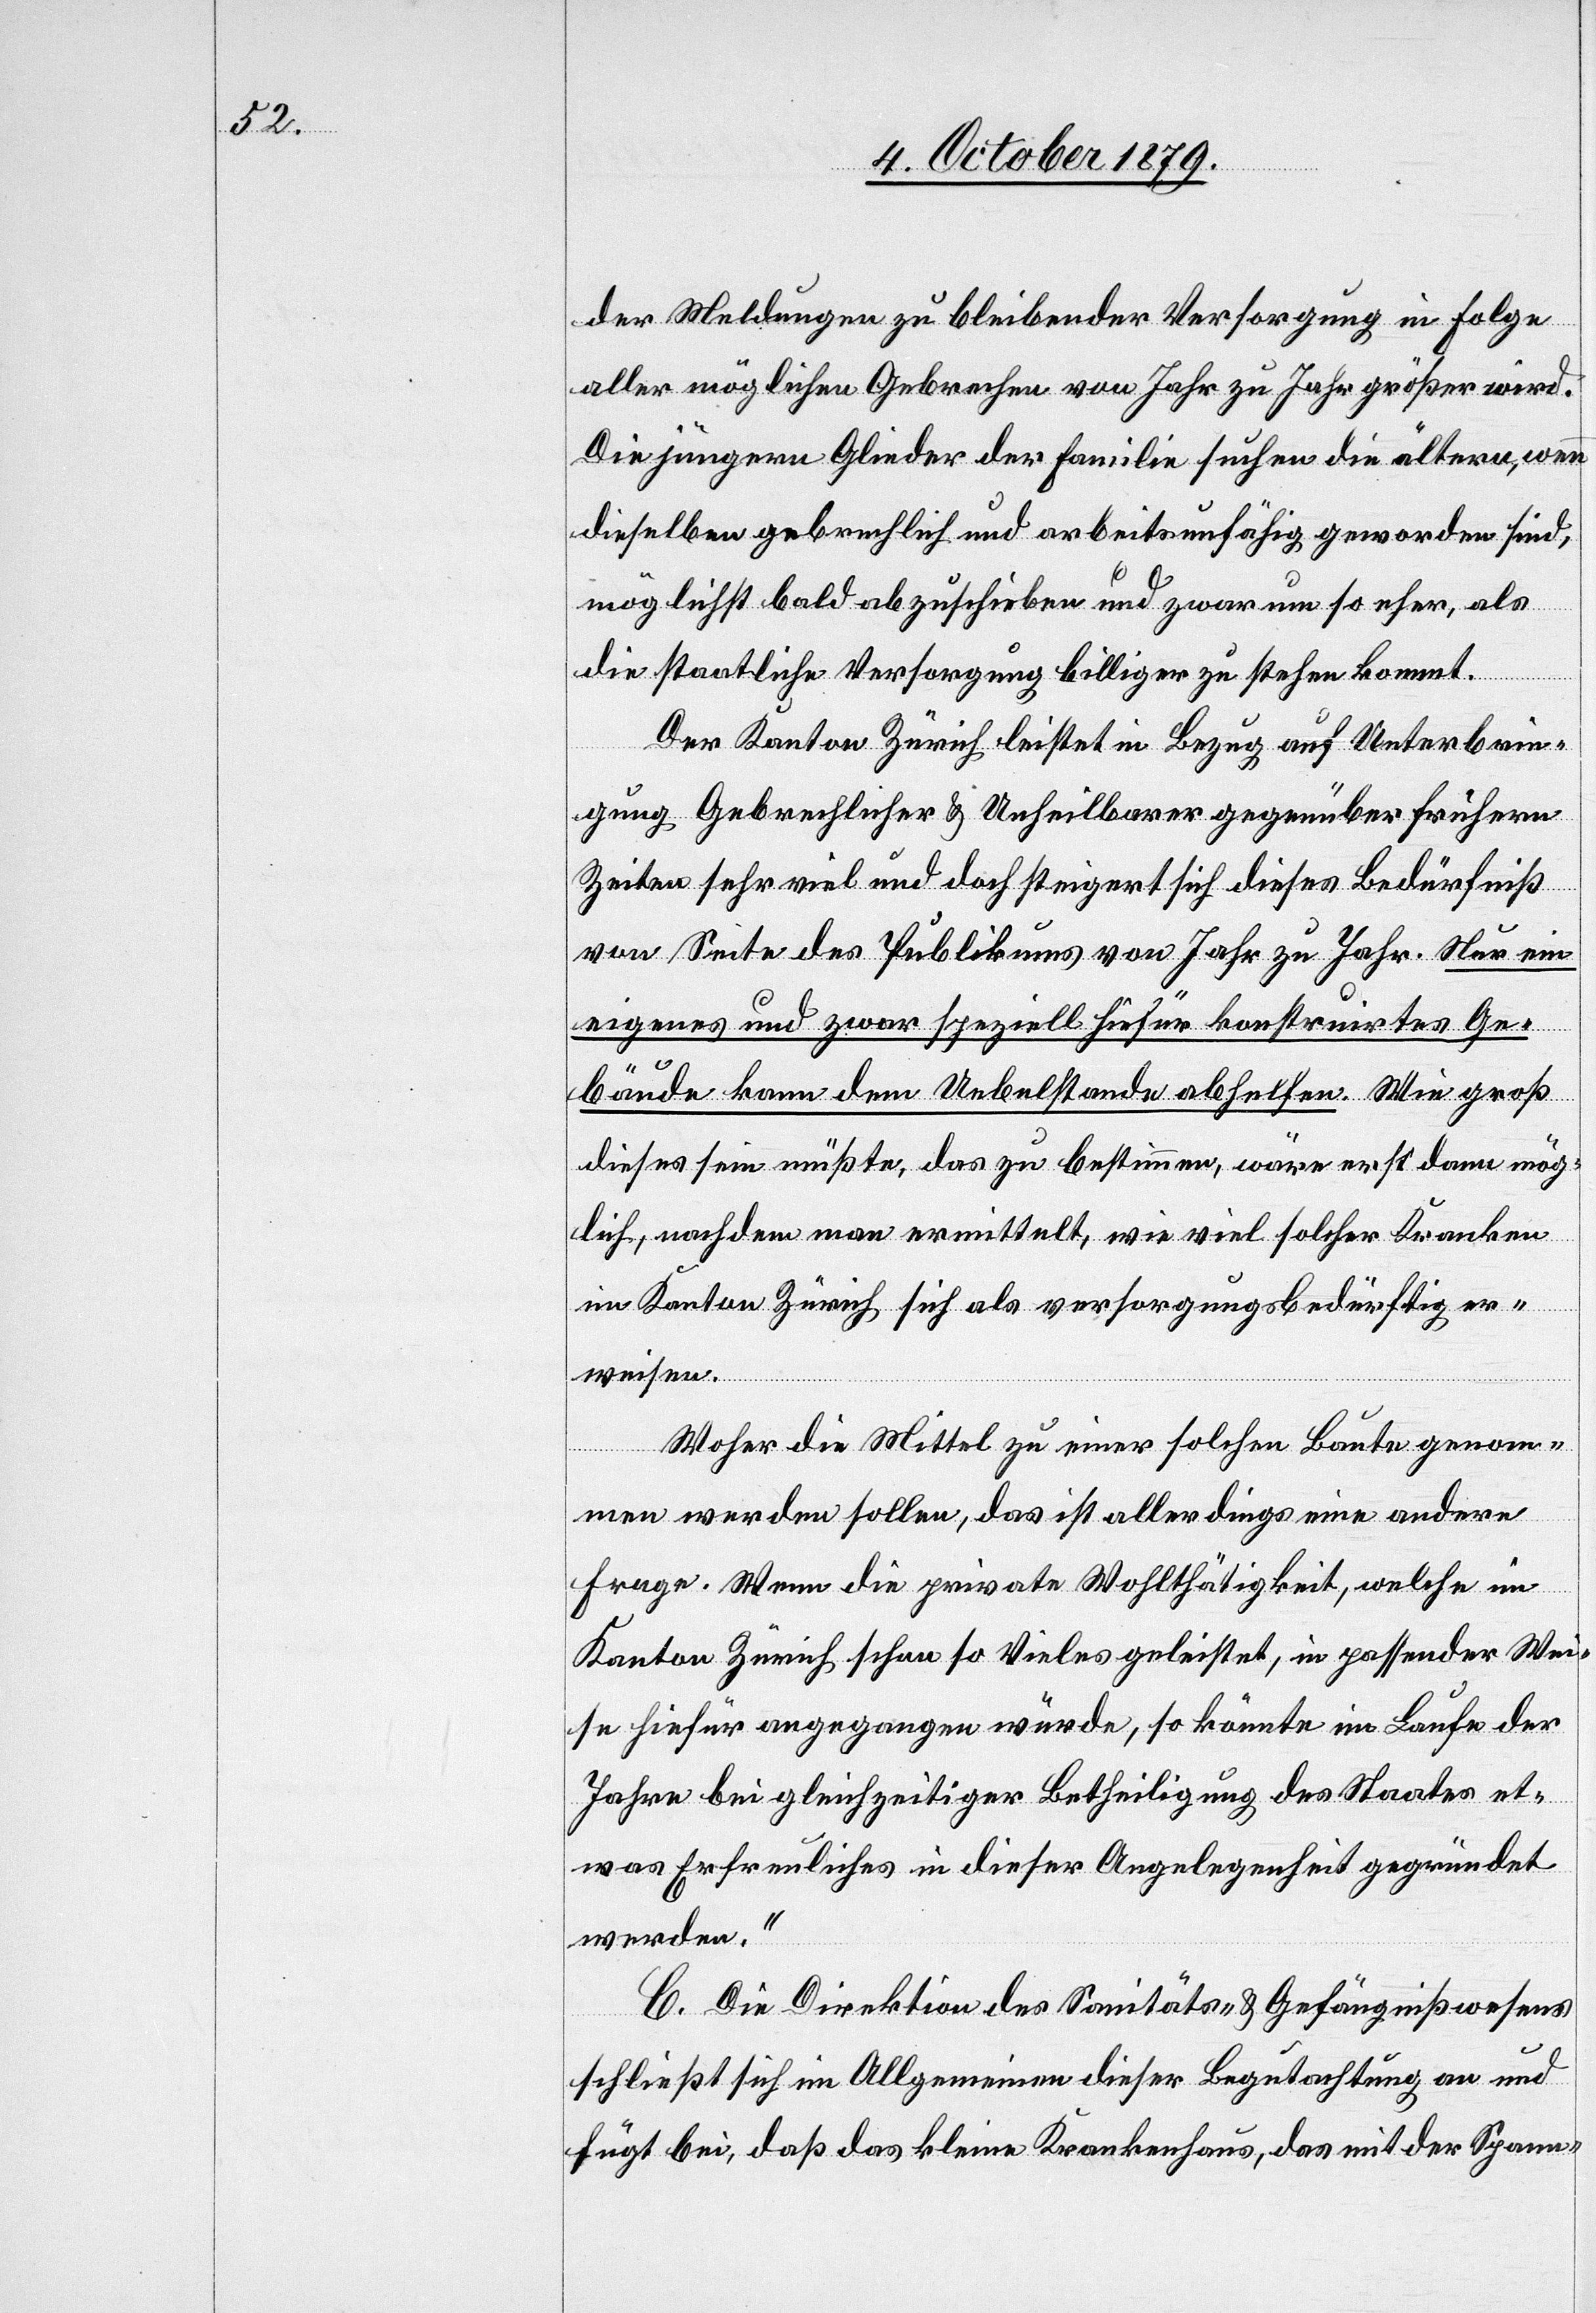
der Meldungen bleibender Versorgung in Folge
aller möglichen Gebrechen von Jahr zu Jahr größer wird.
Die jüngeren Glieder der Familie suchen die älteren, wenn
dieselben gebrechlich und arbeitsunfähig geworden sind,
möglichst bald abzuschieben und zwar um so eher, als
die staatliche Versorgung billiger zu stehen kommt.
Der Kanton Zürich leistet in Bezug auf Unterbrin¬
gung Gebrechlicher & Unheilbarer gegenüber frühern
Zeiten sehr viel und doch steigert sich dieses Bedürfniß
von Seite des Publikums von Jahr zu Jahr. Nur ein
eigenes und zwar speziell hiefür konstruirtes Ge¬
bäude kann dem Uebelstande abhelfen. Wie groß
dieses sein müßte, das zu bestimmen, wäre erst dann mög¬
lich, nachdem man ermittelt, wie viel solcher Kranken
im Kanton Zürich sich als versorgungsbedürftig er¬
weisen.
Woher die Mittel zu einer solchen Baute genom¬
men werden sollen, das ist allerdings eine andere
Frage. Wenn die private Wohlthätigkeit, welche im
Kanton Zürich schon so Vieles geleistet, in passender Wei¬
se hiefür angegangen würde, so könnte im Laufe der
Jahre bei gleichzeitiger Betheiligung des Staates et¬
was Erfreuliches in dieser Angelegenheit gegründet
werden.“
C. Die Direktion des Sanitäts- & Gefängnißwesens
schließt sich im Allgemeinen dieser Begutachtung an und
fügt bei, daß das kleine Krankenhaus, das mit der Spann-